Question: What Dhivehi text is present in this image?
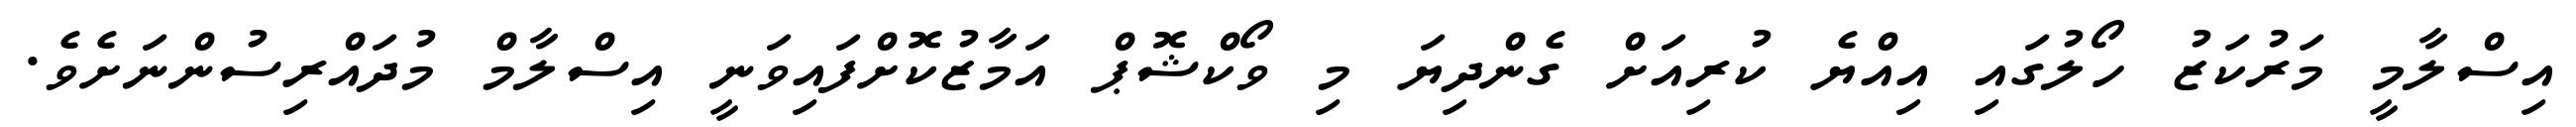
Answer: އިސްލާމީ މަރުކަޒު ހޯލުގައި އިއްޔެ ކުރިއަށް ގެންދިޔަ މި ވޯކްޝޮޕް އަމާޒުކޮށްފައިވަނީ އިސްލާމް މުދައްރިސުންނަށެވެ.